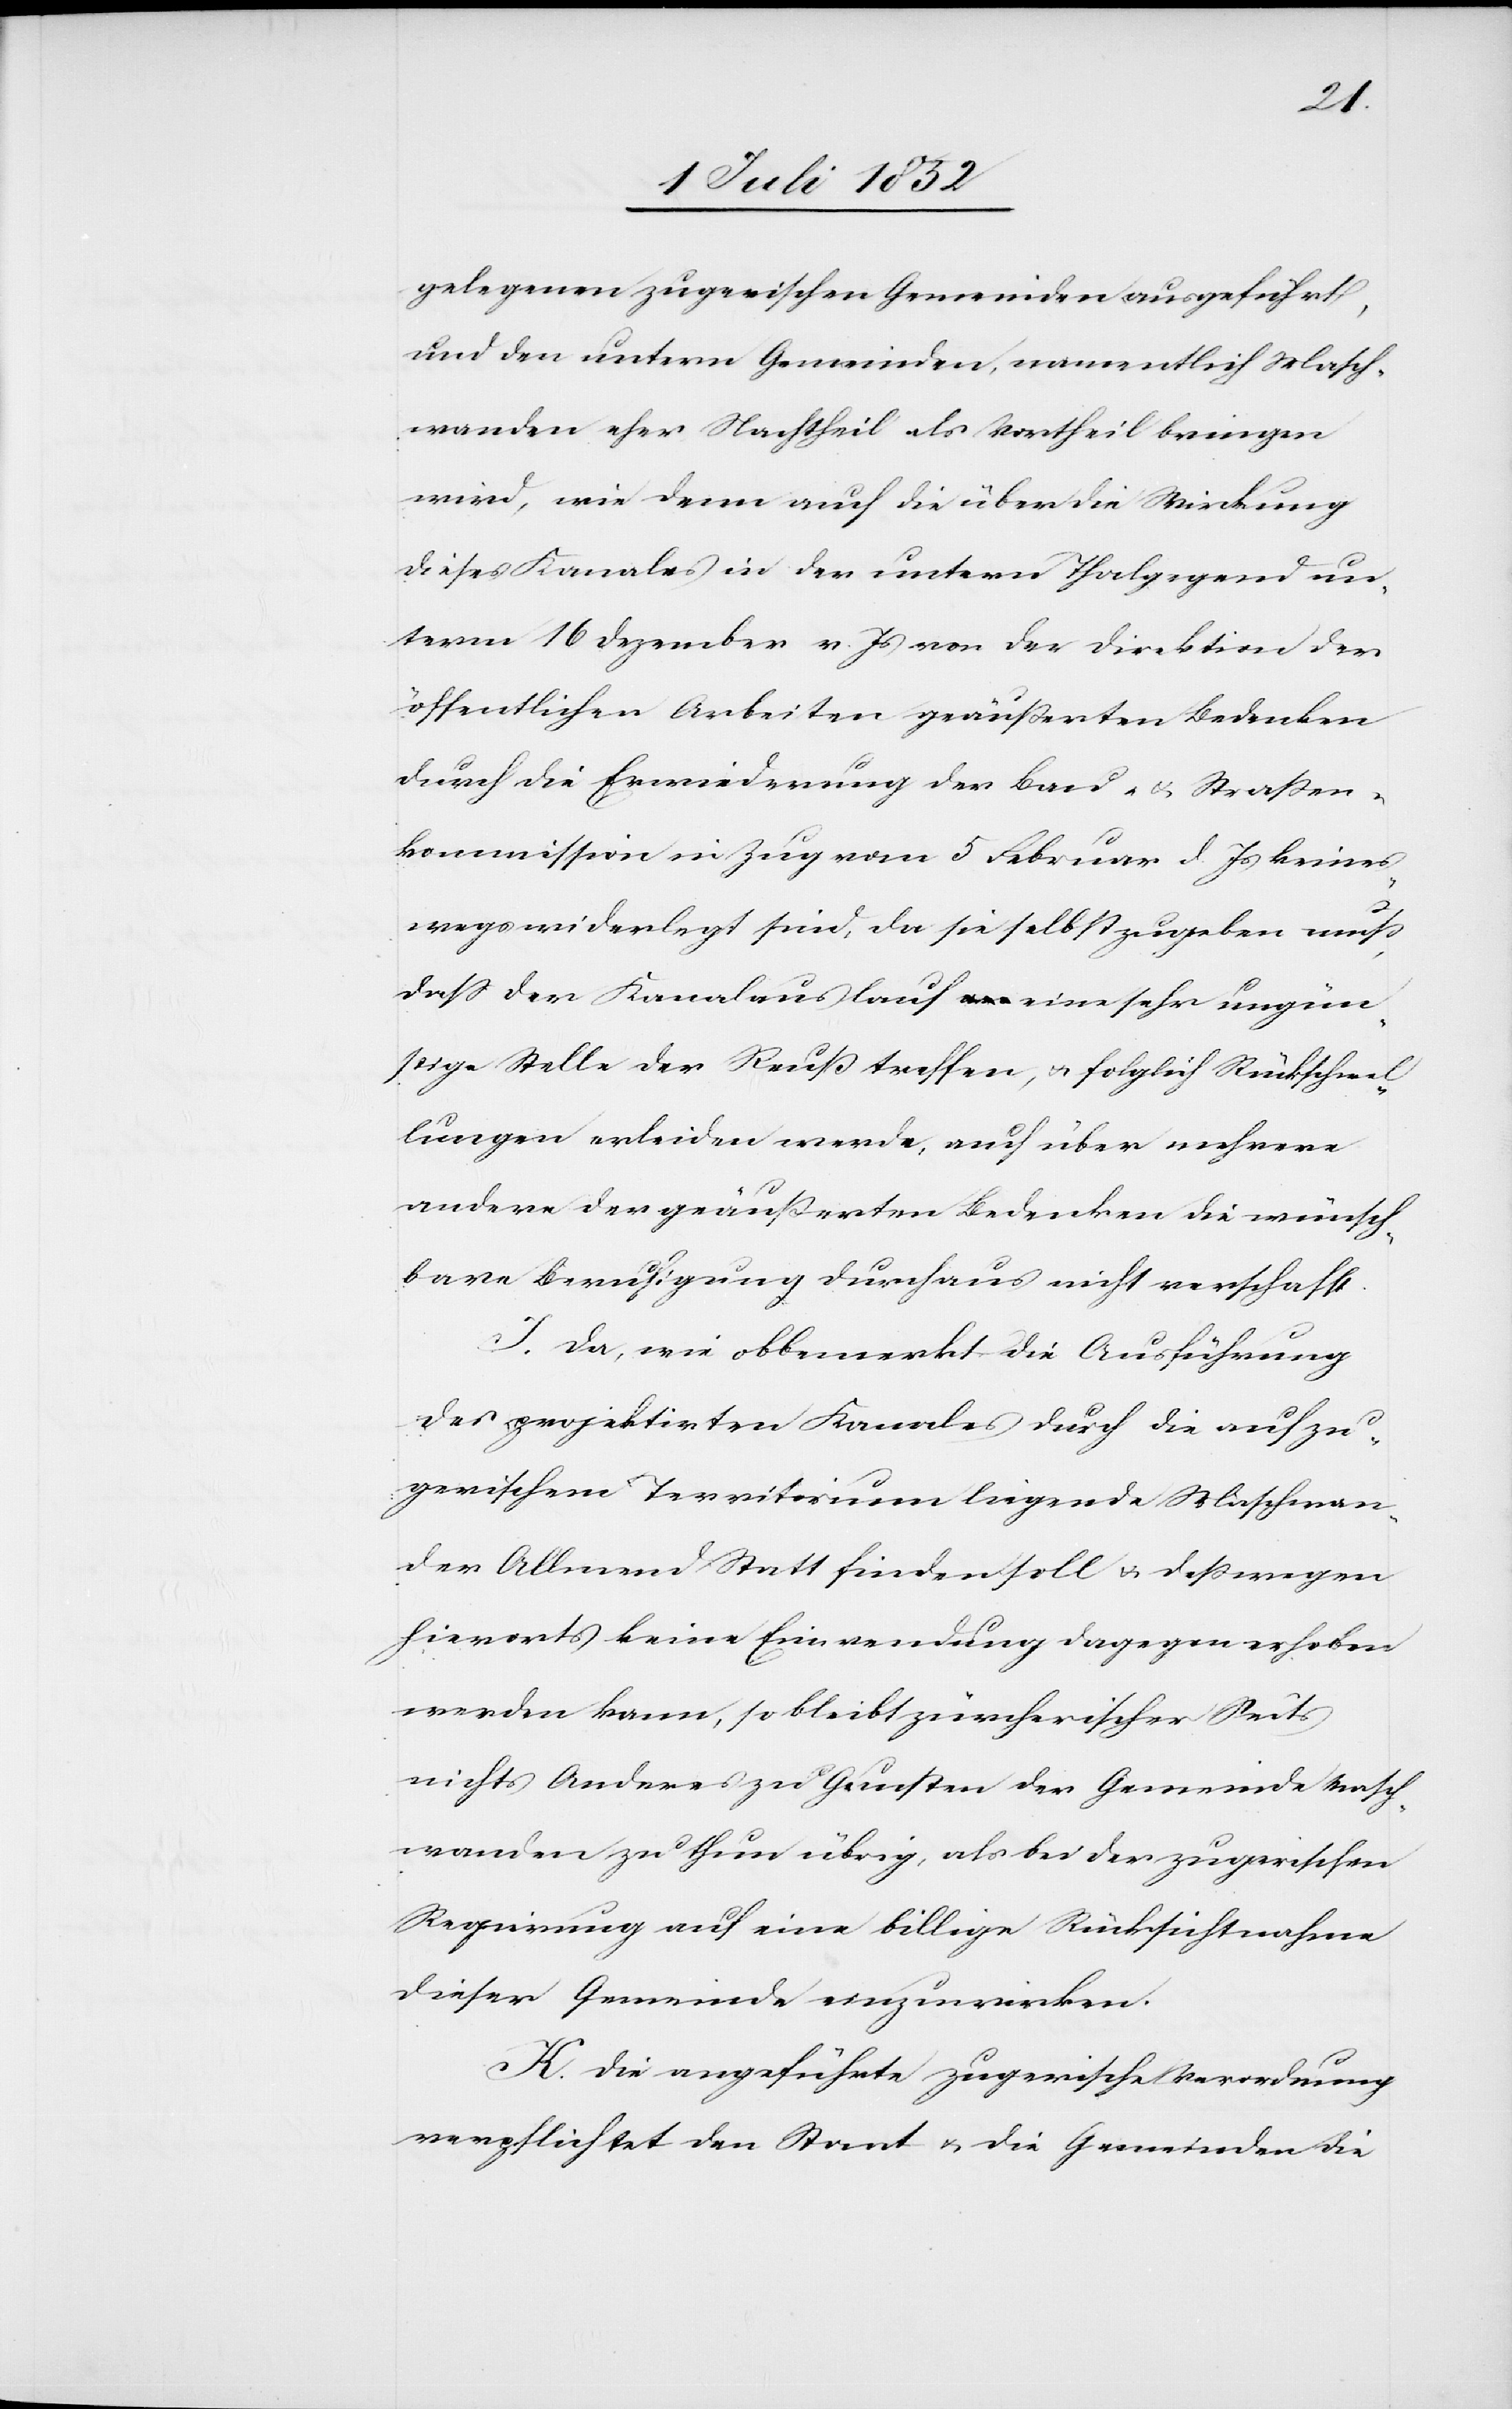
gelegenen zugerischen Gemeinden ausgeführt,
und den untern Gemeinden, namentlich Masch¬
wanden eher Nachtheil als Vortheil bringen
wird, wie denn auch die über die Wirkung
dieses Kanales in der untern Thalgegend un¬
term 16 Dezember v. Js von der Direktion der
öffentlichen Arbeiten geäußerten Bedenken
durch die Erwiederung der Bau- & Straßen¬
kommission in Zug vom 5 Februar d. Js keines¬
wegs widerlegt sind, da sie selbst zugeben muß,
dass der Kanalauslauf eine sehr ungün¬
stige Stelle der Reuß treffen, & folglich Rückschwel¬
lungen erleiden werde, auch über mehrere
andere der geäußerten Bedenken die wünsch¬
bare Beruhigung durchaus nicht verschafft.
I. Da, wie obbemerkt die Ausführung
des projektirten Kanales durch die auf zu¬
gerischem Territorium liegende Maschwan¬
der Allemend Statt finden soll & deßwegen
hierorts keine Einwendung dagegen erhoben
werden kann, so bleibt zürcherischer Seits
nichts Anderes zu Gunsten der Gemeinde Masch¬
wanden zu thun übrig, als bei der zugerischen
Regierung auf eine billige Rücksichtnahme
dieser Gemeinde einzuwirken.
K. Die angeführte zugerische Verordnung
verpflichtet den Staat & die Gemeinden die